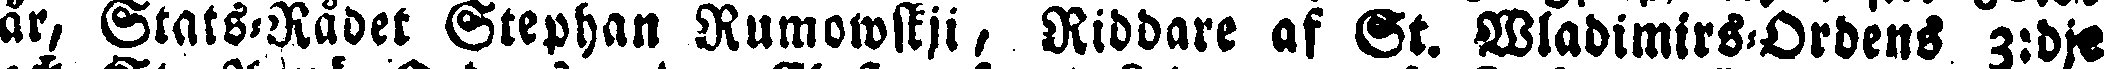
år, Stats-Rådet Stephan Rumowskji, Riddare af St. Wladimirs-Ordens 3:dje